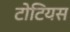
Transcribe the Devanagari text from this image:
टोटियस